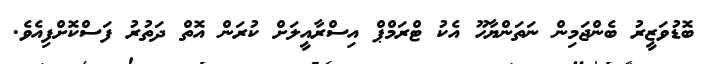
ބޮޑުވަޒީރު ބެންޖަމިން ނަތަންޔާހޫ އެކު ޓްރަމްޕް އިސްރާއީލަށް ކުރަން އޮތް ދަތުރު ފަސްކޮށްފިއެވެ.